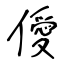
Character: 僾